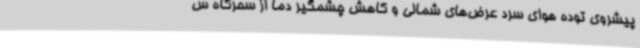
پیشروی توده ‌هوای سرد عرض‌های شمالی و کاهش چشمگیر دما از سحرگاه س